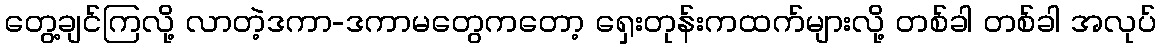
တွေ့ချင်ကြလို့ လာတဲ့ဒကာ-ဒကာမတွေကတော့ ရှေးတုန်းကထက်များလို့ တစ်ခါ တစ်ခါ အလုပ်